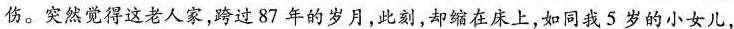
伤。突然觉得这老人家，跨过87年的岁月，此刻，却缩在床上，如同我5岁的小女儿，